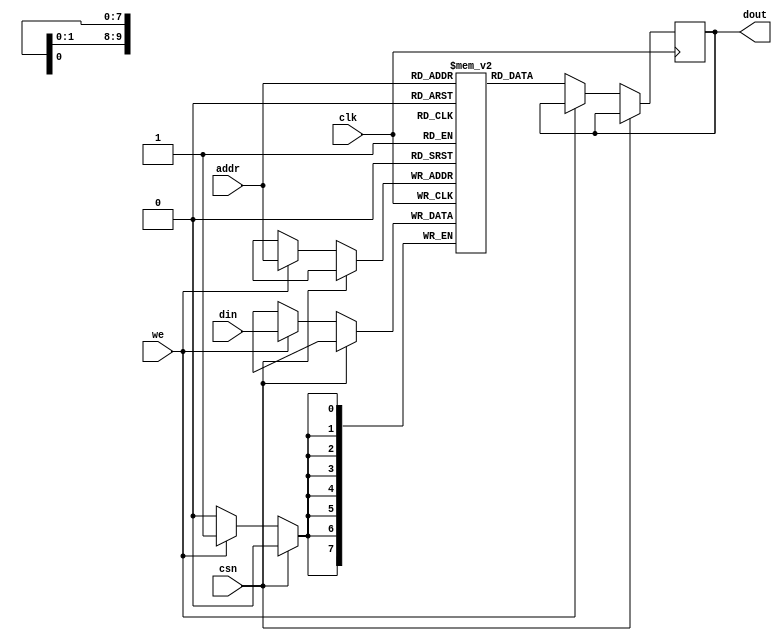
//single port sram; 
//8K = 8bit * 1024;
module sram_bist(
    clk,
    csn,
    we,
    addr,
    din,
    dout
);

parameter mem_depth = 1024;
parameter mem_width = 8;
parameter mem_bitw = 10;

input wire clk;
input wire csn;
input wire we;
input wire [mem_bitw-1:0] addr;
input wire [mem_width-1:0] din;
output reg [mem_width-1:0] dout;

reg [mem_width-1:0] mem[0:mem_depth-1];

always @(posedge clk) begin
    if (!csn) begin
        if (we) begin
            mem[addr] <= din;
        end
        else begin
            dout <= mem[addr];
        end
    end          
end

endmodule